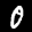
Digit: 0